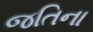
જતિના